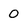
Character: 0